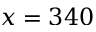
x = 3 4 0